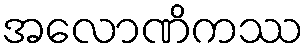
အလောဏိကဿ